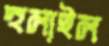
হুলাইল